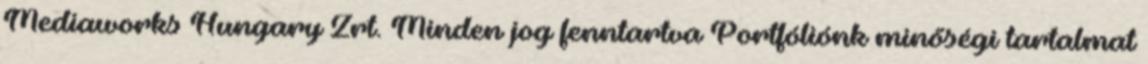
Mediaworks Hungary Zrt. Minden jog fenntartva Portfóliónk minőségi tartalmat